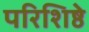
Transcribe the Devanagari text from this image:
परिशिष्ठे